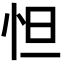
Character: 怛